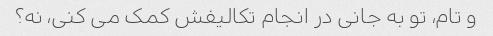
و تام، تو به جانی در انجام تکالیفش کمک می کنی، نه؟